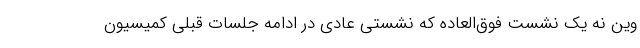
وین نه یک نشست فوق‌العاده که نشستی عادی در ادامه جلسات قبلی کمیسیون